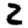
Digit: 2